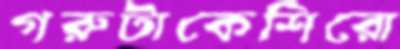
গরুটাকেশিরো